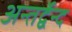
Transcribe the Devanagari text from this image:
अन्तर्द्वेन्द